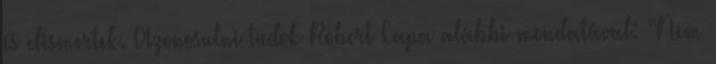
és elismertek. Azonosulni tudok Robert Capa alábbi mondatával: “Nem